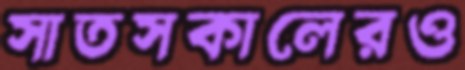
সাতসকালেরও